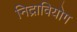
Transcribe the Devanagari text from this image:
निद्रावियोग